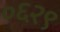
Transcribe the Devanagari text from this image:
०६२९